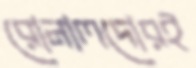
রোনালদোরই